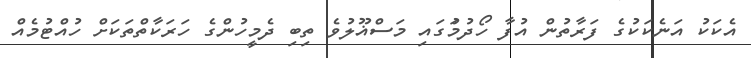
އެކަކު އަނެކަކުގެ ފަރާތުން އުފާ ހޯދުމުަގައި މަސްޣޫލުވެ ތިިބި ދެމީހުންގެ ހަރަކާތްތަކަށް ހުއްޓުމެއް